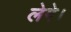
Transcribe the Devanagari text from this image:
लेगे।